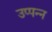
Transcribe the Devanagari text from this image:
उप्पन्न